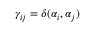
\gamma _ { i j } = \delta ( { \alpha _ { i } , \alpha _ { j } } )